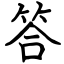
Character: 答